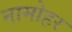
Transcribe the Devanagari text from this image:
नामोहर